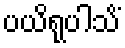
ပယိရုပါသိံ